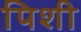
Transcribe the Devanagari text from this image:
पिशी